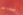
بدءت